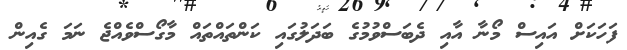
ފަހަކަށް އައިސް މޯނާ އާއި ދެބަސްވުމުގެ ބަދަލުގައި ކަންތައްތައް މާގޯސްވެއްޖެ ނަމަ ގެއިން